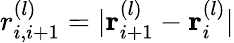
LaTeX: r_{i,i+1}^{(l)}=|{\mathbf r}_{i+1}^{(l)}-{\mathbf r}_{i}^{(l)}|